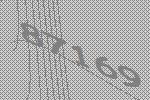
87169